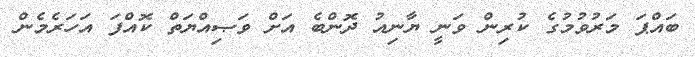
ބައްޕަ މަރުވުމުގެ ކުރިން ވަނީ ޔާނިއު ދޮންބެ އަށް ވަޞިއްޔަތް ކޮއްފަ އަހަރެމެން